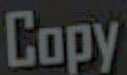
Copy